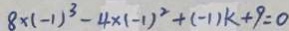
8 \times ( - 1 ) ^ { 3 } - 4 \times ( - 1 ) ^ { 2 } + ( - 1 ) k + 9 = 0